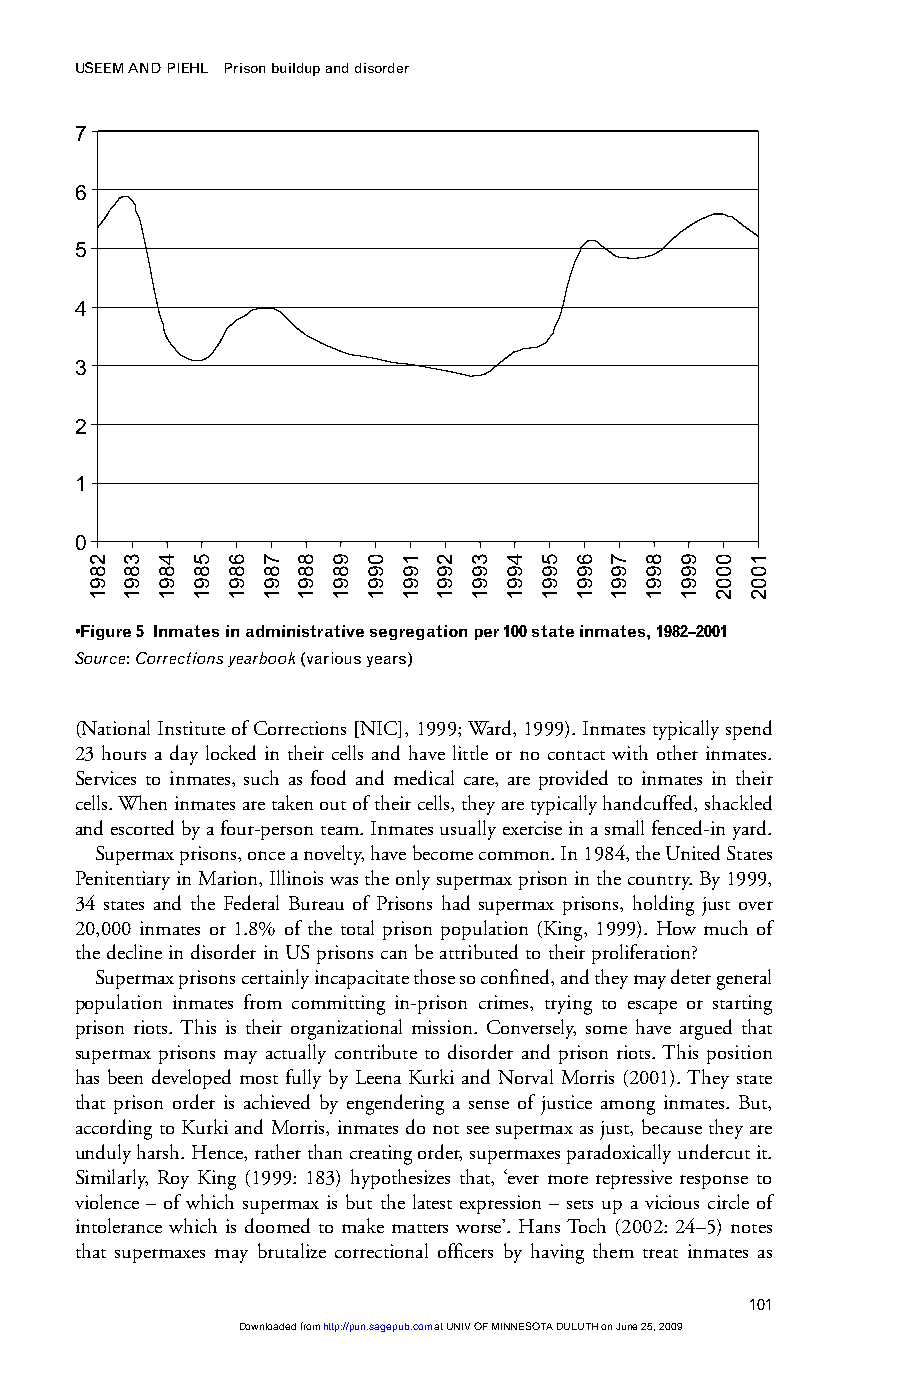
USEEM AND PIEHL Prison buildup and disorder
 7
 6
 5
 4
 3
 2
 1
 0
 •Figure 5 Inmates in administrative segregation per 100 state inmates, 1982–2001
 Source: Corrections yearbook(various years)
 (National Institute of Corrections [NIC], 1999; Ward, 1999). Inmates typically spend
 23 hours a day locked in their cells and have little or no contact with other inmates.
 Services to inmates, such as food and medical care, are provided to inmates in their
 cells. When inmates are taken out of their cells, they are typically handcuffed, shackled
 and escorted by a four-person team. Inmates usually exercise in a small fenced-in yard.
 Supermax prisons, once a novelty, have become common. In 1984, the United States
 Penitentiary in Marion, Illinois was the only supermax prison in the country. By 1999,
 34 states and the Federal Bureau of Prisons had supermax prisons, holding just over
 20,000 inmates or 1.8% of the total prison population (King, 1999). How much of
 the decline in disorder in US prisons can be attributed to their proliferation?
 Supermax prisons certainly incapacitate those so confined, and they may deter general
 population inmates from committing in-prison crimes, trying to escape or starting
 prison riots. This is their organizational mission. Conversely, some have argued that
 supermax prisons may actually contribute to disorder and prison riots. This position
 has been developed most fully by Leena Kurki and Norval Morris (2001). They state
 that prison order is achieved by engendering a sense of justice among inmates. But,
 according to Kurki and Morris, inmates do not see supermax as just, because they are
 unduly harsh. Hence, rather than creating order, supermaxes paradoxically undercut it.
 Similarly, Roy King (1999: 183) hypothesizes that, ‘ever more repressive response to
 violence – of which supermax is but the latest expression – sets up a vicious circle of
 intolerance which is doomed to make matters worse’. Hans Toch (2002: 24–5) notes
 that supermaxes may brutalize correctional officers by having them treat inmates as
 101
 Downloaded from http://pun.sagepub.com at UNIV OF MINNESOTA DULUTH on June 25, 2009
 2891 3891 4891 5891 6891 7891 8891 9891 0991 1991 2991 3991 4991 5991 6991 7991 8991 9991 0002 1002